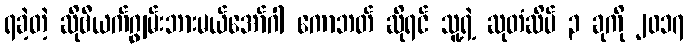
ရခဲ့တဲ့ ဆိုဗီယက်ဂျွမ်းဘားမယ်အော်ဂါ ကောဘတ် ဆိုရင် သူ့ရဲ့ ဆုတံဆိပ် ၃ ခုကို ၂၀၁၇